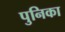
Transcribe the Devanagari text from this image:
पुनिका